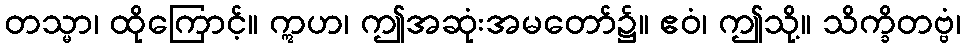
တသ္မာ၊ ထိုကြောင့်။ ဣဟ၊ ဤအဆုံးအမတော်၌။ ဧဝံ၊ ဤသို့။ သိက္ခိတဗ္ဗံ၊